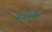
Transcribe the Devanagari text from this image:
रिक़्विम